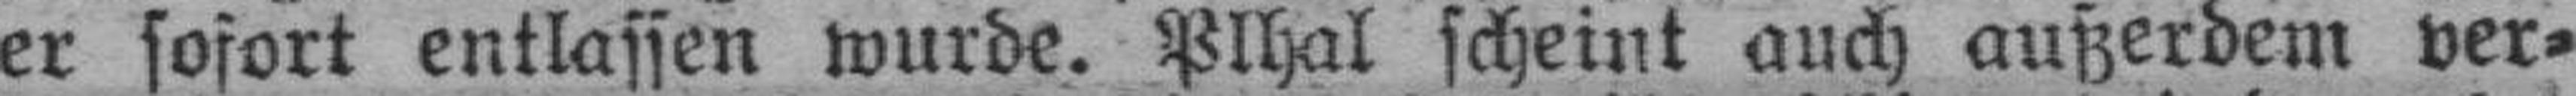
er sofort entlassen wurde. Plhal scheint auch außerdem ver¬